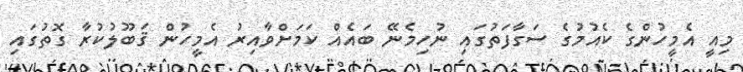
މިއީ އެމީހުންގެ ކެއުމުގެ ސަގާފަތުގައި ނުހިމެނޭ ބައެއް ކަމަށްވާއިރު އެމީހުން ޤަބޫލުކުރާ ގޮތުގައި